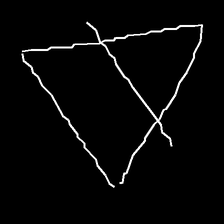
Glyph: empower